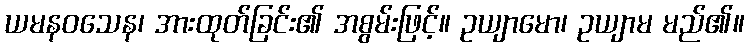
ယမနဝသေန၊ အားထုတ်ခြင်း၏ အစွမ်းဖြင့်။ ဥယျာမော၊ ဥယျာမ မည်၏။